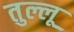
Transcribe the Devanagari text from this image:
तुल्लू